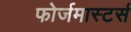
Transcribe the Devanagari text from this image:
फोर्जमास्टर्स